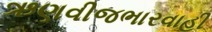
ઋણવીજભારવાહી